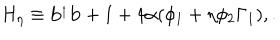
LaTeX: H _ { \eta } \equiv { \bf b } ^ { _ { \dagger } } { \bf b } + 1 + 4 \alpha ( \phi _ { 1 } + \eta \phi _ { 2 } \Gamma _ { 1 } ) , .